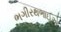
ભગીરથભાઈએ